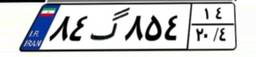
۸۴گ۸۵۴۱۴